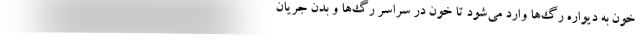
خون به دیواره رگ‌ها وارد می‌شود تا خون در سراسر رگ‌ها و بدن جریان